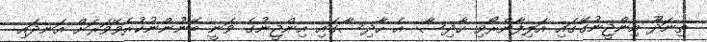
ތިނަދޫ އިންޖީނުގޭގައި އަލިފާންރޯވި ހާދިސާ: އެ ހާދިސާގައި އިންޖީނުގެ ވަނީ ބޭނުންނުކުރެވޭވަރަށް އަނދައި